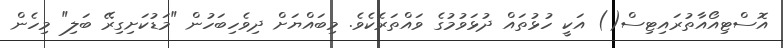
އޮސްޓިއޯއާތުރައިޓިސް() އަކީ ހުޅުތައް ދުޅަވުމުގެ ވައްތަރެކެވެ. މިބައްޔަށް ދިވެހިބަހުން "މަޑުކަށިގިރޭ ބަލި" މިހެން